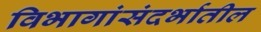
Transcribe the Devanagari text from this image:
विभागांसंदर्भातील